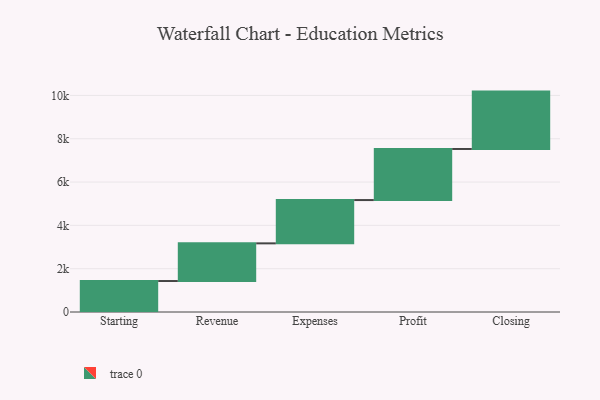
{"axis": {"x": "Step", "y": "Value"}, "legend": [""], "data": [{"x": "Starting", "y": 1430.0, "type": ""}, {"x": "Revenue", "y": 1740.0, "type": ""}, {"x": "Expenses", "y": 1999.0, "type": ""}, {"x": "Profit", "y": 2359.0, "type": ""}, {"x": "Closing", "y": 2649.0, "type": ""}]}